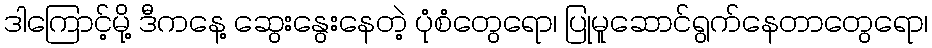
ဒါကြောင့်မို့ ဒီကနေ့ ဆွေးနွေးနေတဲ့ ပုံစံတွေရော၊ ပြုမူဆောင်ရွက်နေတာတွေရော၊